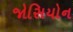
જોસિયોન